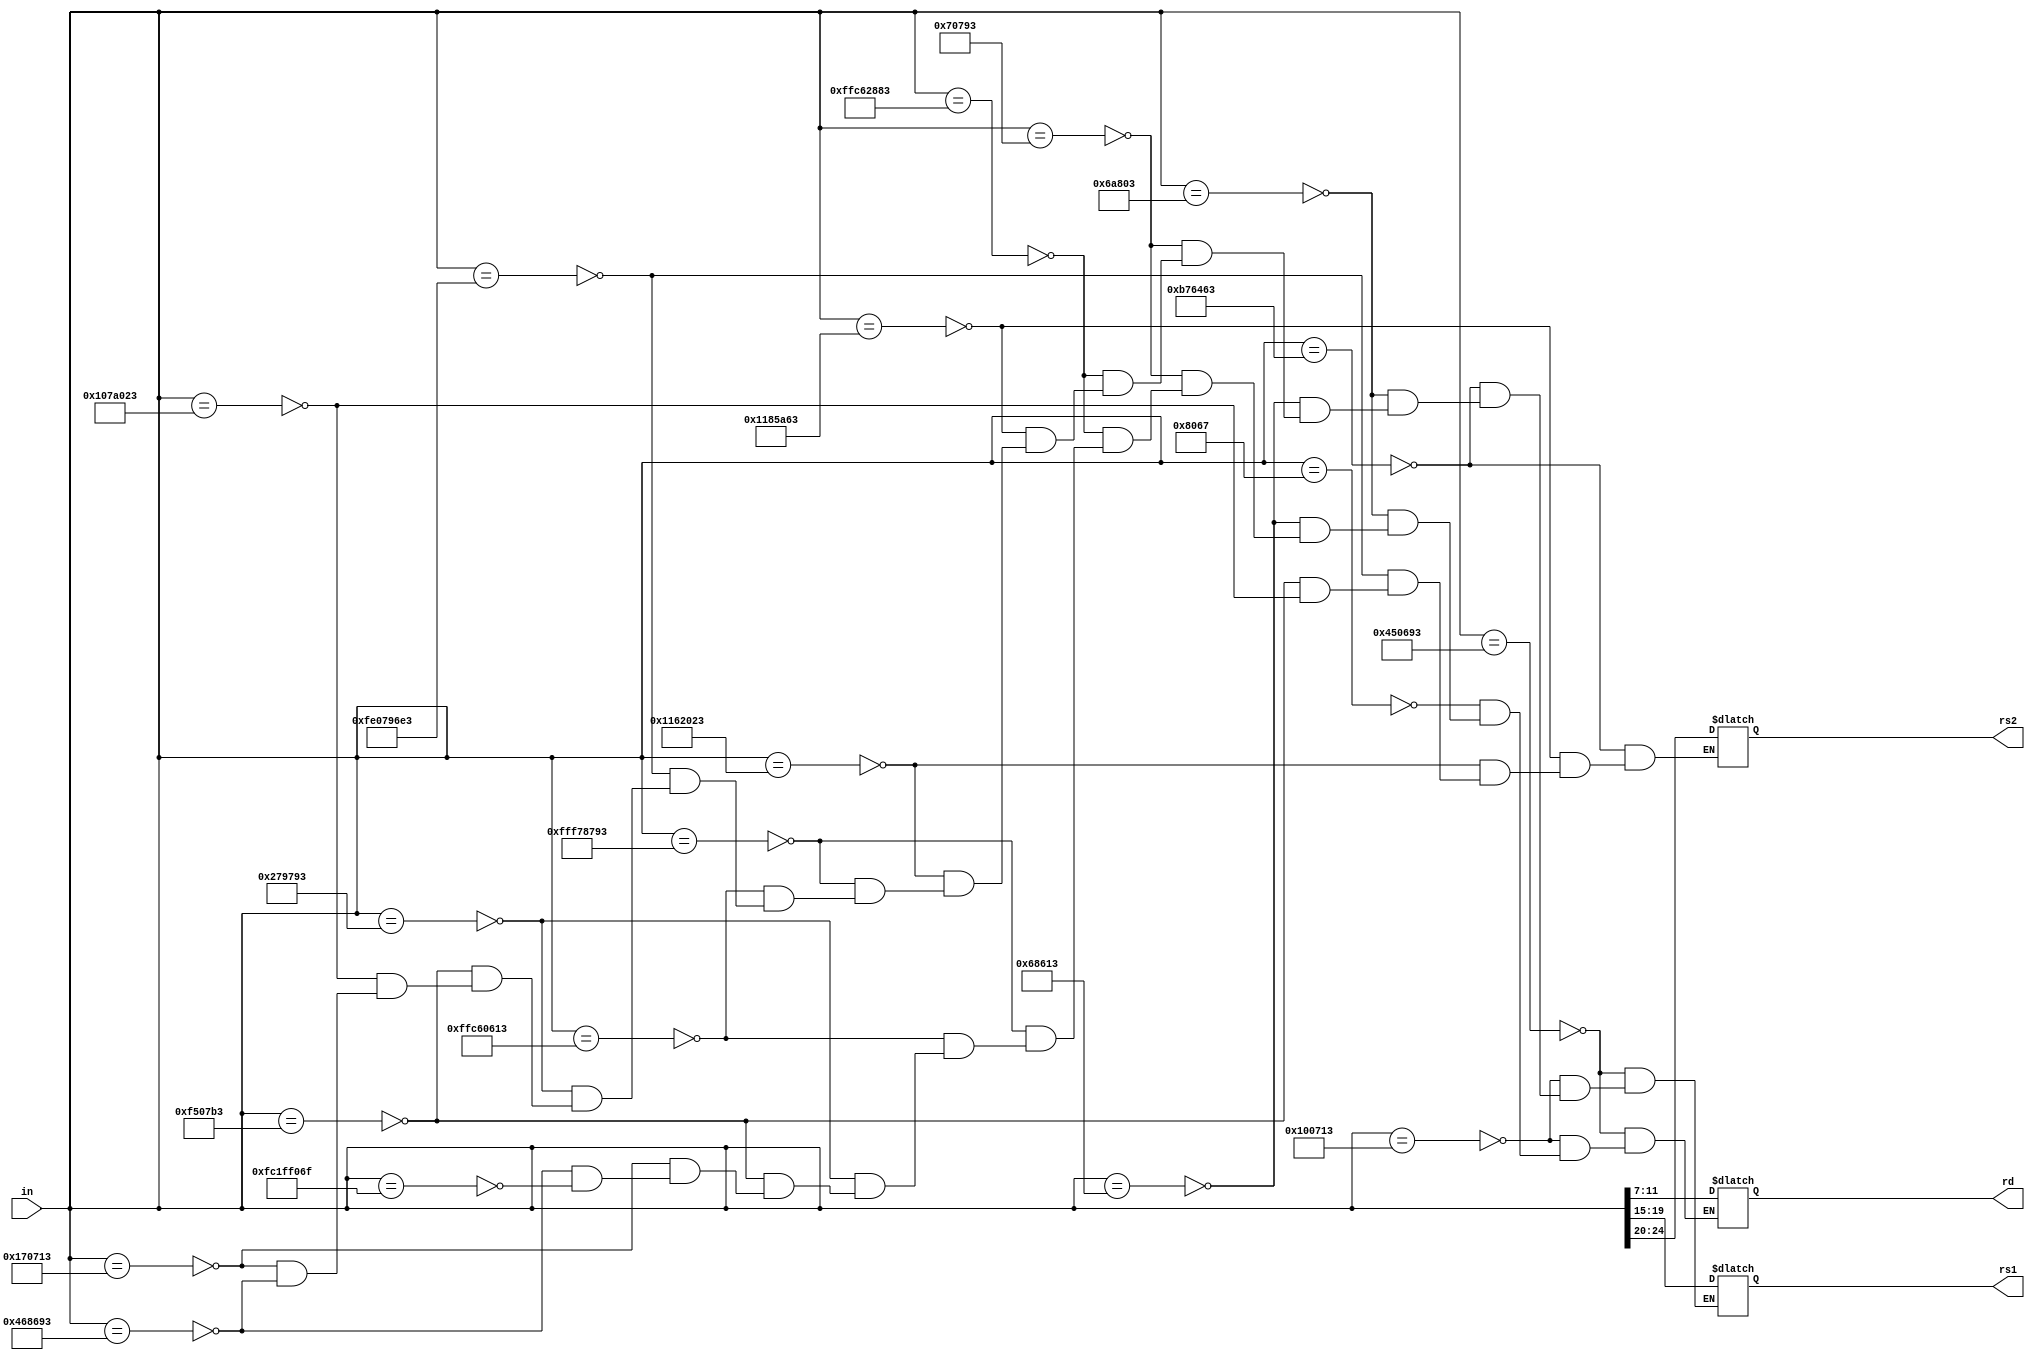
module lab7_ID(in, rd, rs1, rs2);
	input [31:0] in;
	output reg [4:0] rd;
	output reg [4:0] rs1;
	output reg [4:0] rs2;
	
	always @(in)
	begin
		case (in)
			
			32'h00450693: begin
				rd = in[11:7];
			   rs1 = in[19:15];
			end
			
			32'h00100713: begin 
			rd = in[11:7];
			rs1 = in[19:15];
			end
			
			32'h00b76463: begin
			rs1 = in[19:15];
			rs2 = in[24:20];
			end
			
			32'h00008067: begin 
			rd = in[11:7];
			end
			
			32'h0006a803: begin 
			rd = in[11:7];
			rs1 = in[19:15];	
			end
			
			32'h00068613: begin 
			rd = in[11:7];
			rs1 = in[19:15];
			end
			
			32'h00070793: begin 
			rd = in[11:7];
			rs1 = in[19:15];
			end
			
			32'hffc62883: begin 
			rd = in[11:7];
			rs1 = in[19:15];
			end
			
			32'h01185a63: begin
			rs2 = in[24:20];
			rs1 = in[19:15];
			end
			
			32'h01162023: begin 
			rs2 = in[24:20];
			rs1 = in[19:15];
			end
			
			32'hfff78793: begin 
			rd = in[11:7];
			rs1 = in[19:15];
			end
			
			32'hffc60613: begin 
			rd = in[11:7];
			rs1 = in[19:15];
			end
			
			32'hfe0796e3: begin
			rs2 = in[24:20];
			rs1 = in[19:15];
			end
			
			32'h00279793: begin 
			rd = in[11:7];
			rs1 = in[19:15];
			end
			
			32'h00f507b3: begin 
			rd = in[11:7];
			rs1 = in[19:15];
			rs2 = in[24:20];
			end 
			
			32'h0107a023: begin 
			rs2 = in[24:20];
			rs1 = in[19:15];
			end
			
			32'h00170713: begin 
			rd = in[11:7];
			rs1 = in[19:15];
			end
			
			32'h00468693: begin 
			rd = in[11:7];
			rs1 = in[19:15];
			end
			
			32'hfc1ff06f: begin 
			rd = in[11:7];
			end
	
		endcase
	end
endmodule